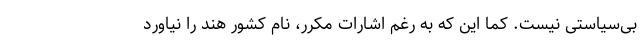
بی‌سیاستی نیست. کما این که به رغم اشارات مکرر، نام کشور هند را نیاورد